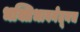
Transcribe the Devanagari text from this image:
भक्तिभावनेतूनच